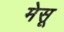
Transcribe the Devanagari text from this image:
मेसू